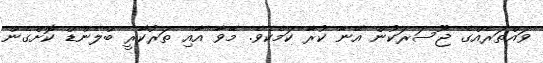
ވައްތަރެއްގެ ޖޫސަރަކުން އޭނާ ކުރާ ކަމެކެވެ. މޭވާ އާއި ތަރުކާރީ ބްލެންޑް ކޮށްގެން